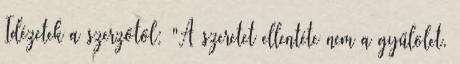
Idézetek a szerzőtől: "A szeretet ellentéte nem a gyűlölet,